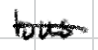
Text: bus
Cross-out: single-line
Writing tool: digital_black